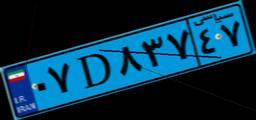
۰۷D۸۳۷۴۷